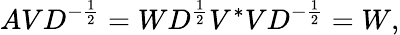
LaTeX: AVD^{-{\frac{1}{2}}}=WD^{\frac{1}{2}}V^{*}VD^{-{\frac{1}{2}}}=W,